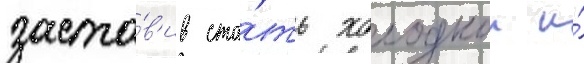
заста́в'ив ста́ть холоднои и́